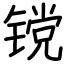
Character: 镋